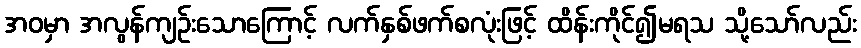
အဝမှာ အလွန်ကျဉ်းသောကြောင့် လက်နှစ်ဖက်စလုံးဖြင့် ထိန်းကိုင်၍မရသ သို့သော်လည်း